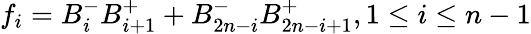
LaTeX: f_{i}=B_{i}^{-}B_{i+1}^{+}+B_{2n-i}^{-}B_{2n-i+1}^{+},1\leq i\leq n-1